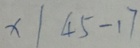
x \vert 4 5 - 1 7